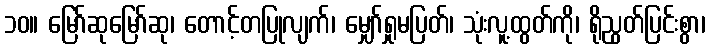
၁၀။ မြော်ဆုမြော်ဆု၊ တောင့်တပြုလျက်၊ မျှော်ရှုမပြတ်၊ သုံးလူ့ထွတ်ကို၊ ရိုညွတ်ပြင်းစွာ၊